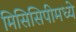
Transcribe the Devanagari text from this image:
मिसिसिपीमध्ये